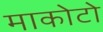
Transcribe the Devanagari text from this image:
माकोटो